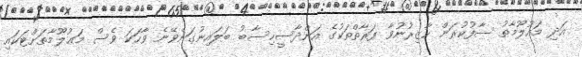
އަދި މައުލޫމާތު ސާފުކުރަން ހާޒިރުނުވާ ފަރާތްތަކުގެ އަންދާސީހިސާބު ބަލައިނުގަނެވޭނެ ވާހަކަ ވެސް މަޢުލޫމާތަށްޓަކައި